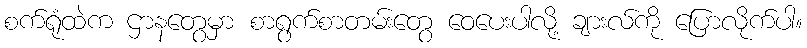
စက်ရုံထဲက ဌာနတွေမှာ စာရွက်စာတမ်းတွေ ဝေပေးပါလို့ ချားလ်ကို ပြောလိုက်ပါ။